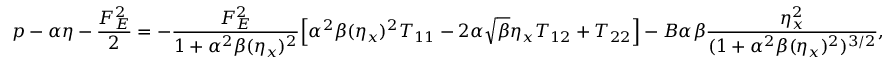
p - \alpha \eta - \frac { F _ { E } ^ { 2 } } { 2 } = - \frac { F _ { E } ^ { 2 } } { 1 + \alpha ^ { 2 } \beta ( \eta _ { x } ) ^ { 2 } } \Big [ \alpha ^ { 2 } \beta ( \eta _ { x } ) ^ { 2 } T _ { 1 1 } - 2 \alpha \sqrt { \beta } \eta _ { x } T _ { 1 2 } + T _ { 2 2 } \Big ] - B \alpha \beta \frac { \eta _ { x } ^ { 2 } } { ( 1 + \alpha ^ { 2 } \beta ( \eta _ { x } ) ^ { 2 } ) ^ { 3 / 2 } } ,